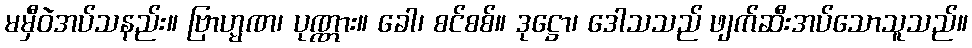
မမှီဝဲအပ်သနည်း။ ဗြာဟ္မဏ၊ ပုဏ္ဏား။ ခေါ၊ စင်စစ်။ ဒုဋ္ဌော၊ ဒေါသသည် ဖျက်ဆီးအပ်သောသူသည်။